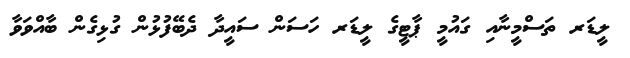
ލީޑަރ ތަސްމީނާއި ގައުމީ ޕާޓީގެ ލީޑަރ ހަސަން ސައީދާ ދެބޭފުޅުން ގުޅިގެން ބާއްވަވާ